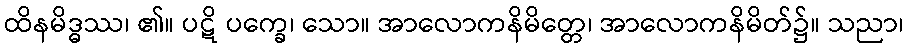
ထိနမိဒ္ဓဿ၊ ၏။ ပဋိ ပက္ခေ၊ သော။ အာလောကနိမိတ္တေ၊ အာလောကနိမိတ်၌။ သညာ၊